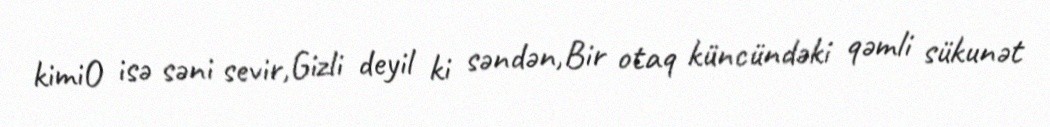
kimiO isə səni sevir,Gizli deyil ki səndən,Bir otaq küncündəki qəmli sükunət